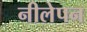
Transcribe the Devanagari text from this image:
नीलेपन